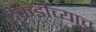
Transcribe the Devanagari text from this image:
टेकडीच्याच